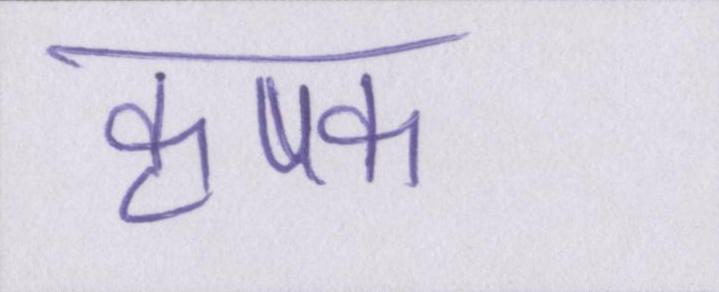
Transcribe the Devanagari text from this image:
कृषक